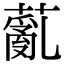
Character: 薍